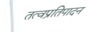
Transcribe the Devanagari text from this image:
तत्वप्रतिपादन